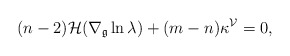
\begin{align*}(n-2)\mathcal{H}(\nabla_{\mathfrak{g}}\ln\lambda)+(m-n)\kappa^{\mathcal{V}}=0,\end{align*}